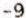
-9